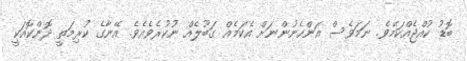
ބޮޑު ކުއްޖެއްކަމެވެ. ނަމަވެސް އަންހެނުންނަށް އެކަމެއް ގަބޫލެއް ނުކުރެވެއެވެ. އޭނާގެ ކުރިމަތީ ދޮންކޮއަކީ